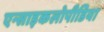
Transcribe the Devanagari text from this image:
एन्साइकलोपीडिया